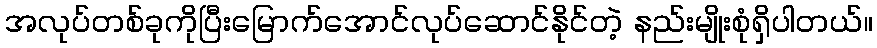
အလုပ်တစ်ခုကိုပြီးမြောက်အောင်လုပ်ဆောင်နိုင်တဲ့ နည်းမျိုးစုံရှိပါတယ်။